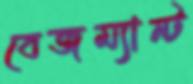
বেজম্যান্ট